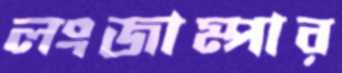
লংজাম্পার